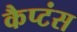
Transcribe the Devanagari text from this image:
कैप्‍टंस